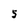
Character: 5